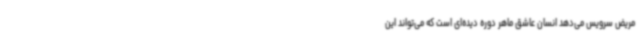
مریض سرویس می‌دهد انسان عاشق ماهر دوره دیده‌ای است که می‌تواند این